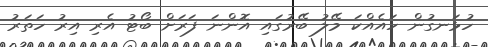
ހުޅަނގުން ހައެއްކަ މޭލު ބޭރުގައި އޮންނަ ފަރަށް ބޯޓު އެރި އިރު ހަތަރު